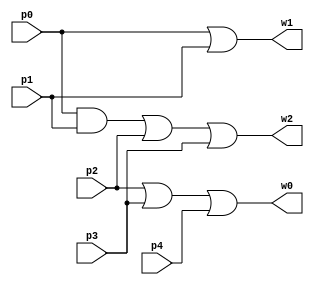
module mcomp53(p0,p1,p2,p3,p4,w2,w1,w0);
input p0,p1,p2,p3,p4;
output wire w2,w1,w0;

assign w2 = (p0&p1)|p2|p3;
assign w1 = p0|p1;
assign w0 = (p2|p3)|p4;
endmodule